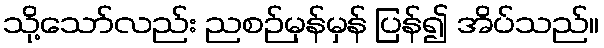
သို့သော်လည်း ညစဉ်မှန်မှန် ပြန်၍ အိပ်သည်။